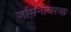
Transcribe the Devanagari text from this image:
जमिनीवरचा